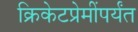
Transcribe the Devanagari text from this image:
क्रिकेटप्रेमींपर्यंत